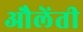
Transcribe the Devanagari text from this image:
औलेंती